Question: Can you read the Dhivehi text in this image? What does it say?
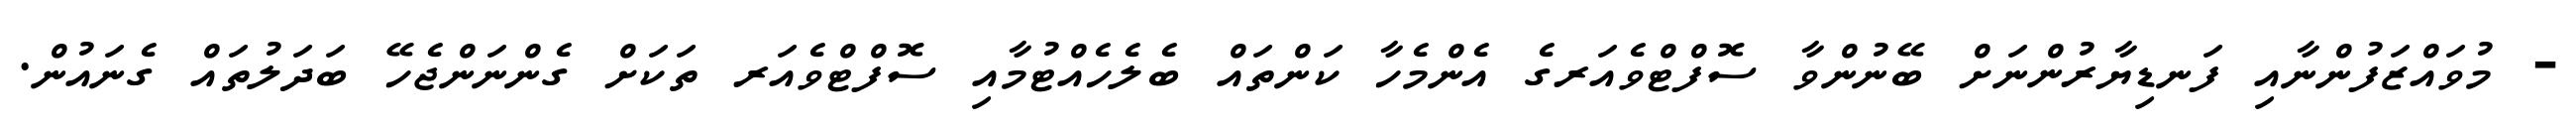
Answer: - މުވައްޒަފުންނާއި ފަނޑިޔާރުންނަށް ބޭނުންވާ ސޮފްޓްވެއަރގެ އެންމެހާ ކަންތައް ބެލެހެއްޓުމާއި ސޮފްޓްވެއަރ ތަކަށް ގެންނަންޖެހޭ ބަދަލުތައް ގެނައުން.